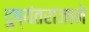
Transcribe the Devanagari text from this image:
दुष्यंतराजाने